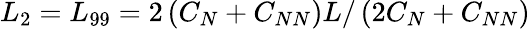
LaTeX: L_{2}=L_{99}=2\left(C_{N}+C_{NN}\right)L/\left(2C_{N}+C_{NN}\right)